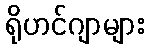
ရိုဟင်ဂျာများ